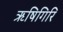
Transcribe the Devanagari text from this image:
ऋषिगिरि